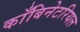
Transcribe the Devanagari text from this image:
काँबिनेटरियल